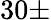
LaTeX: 30\pm